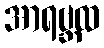
အာရဗ္ဘထ